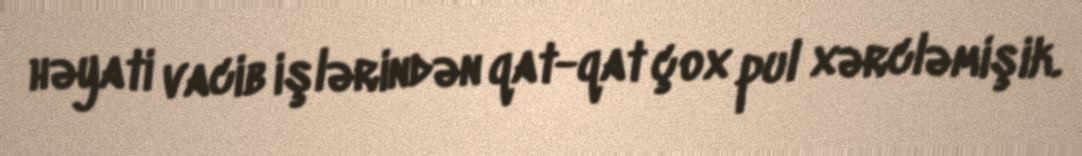
həyati vacib işlərindən qat-qat çox pul xərcləmişik.